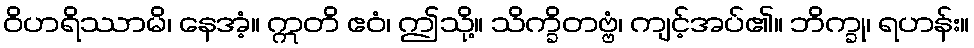
ဝိဟရိဿာမိ၊ နေအံ့။ ဣတိ ဧဝံ၊ ဤသို့။ သိက္ခိတဗ္ဗံ၊ ကျင့်အပ်၏။ ဘိက္ခု၊ ရဟန်း။